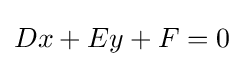
Dx+Ey+F=0